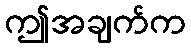
ဤအချက်က